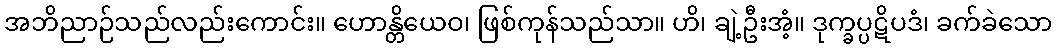
အဘိညာဉ်သည်လည်းကောင်း။ ဟောန္တိယေဝ၊ ဖြစ်ကုန်သည်သာ။ ဟိ၊ ချဲ့ဦးအံ့။ ဒုက္ခပ္ပဋိပဒံ၊ ခက်ခဲသော